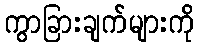
ကွာခြားချက်များကို